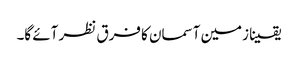
یقینا زمین آسمان کا فرق نظر آئے گا۔